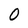
Character: 0